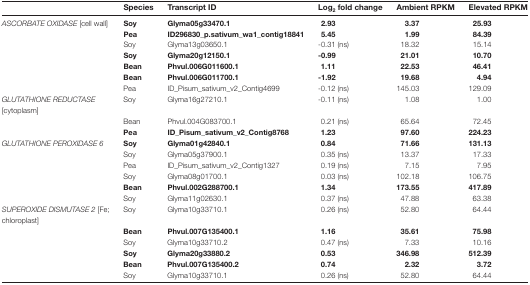
<table><thead><tr><td></td><td><b>Species</b></td><td><b>Transcript ID</b></td><td><b>Log<sub>2</sub> fold change</b></td><td><b>Ambient RPKM</b></td><td><b>Elevated RPKM</b></td></tr></thead><tbody><tr><td><i>ASCORBATE OXIDASE</i> [cell wall]</td><td><b>Soy</b></td><td><b>Glyma05g33470.1</b></td><td><b>2.93</b></td><td><b>3.37</b></td><td><b>25.93</b></td></tr><tr><td></td><td><b>Pea</b></td><td><b>ID296830_p.sativum_wa1_contig18841</b></td><td><b>5.45</b></td><td><b>1.99</b></td><td><b>84.39</b></td></tr><tr><td></td><td>Soy</td><td>Glyma13g03650.1</td><td>-0.31 (ns)</td><td>18.32</td><td>15.14</td></tr><tr><td></td><td><b>Soy</b></td><td><b>Glyma20g12150.1</b></td><td><b>-0.99</b></td><td><b>21.01</b></td><td><b>10.70</b></td></tr><tr><td></td><td><b>Bean</b></td><td><b>Phvul.006G011600.1</b></td><td><b>1.11</b></td><td><b>22.53</b></td><td><b>46.41</b></td></tr><tr><td></td><td><b>Bean</b></td><td><b>Phvul.006G011700.1</b></td><td><b>-1.92</b></td><td><b>19.68</b></td><td><b>4.94</b></td></tr><tr><td></td><td>Pea</td><td>ID_Pisum_sativum_v2_Contig4699</td><td>-0.12 (ns)</td><td>145.03</td><td>129.09</td></tr><tr><td><i>GLUTATHIONE REDUCTASE</i> [cytoplasm]</td><td>Soy</td><td>Glyma16g27210.1</td><td>-0.11 (ns)</td><td>1.08</td><td>1.00</td></tr><tr><td></td><td>Bean</td><td>Phvul.004G083700.1</td><td>0.21 (ns)</td><td>65.64</td><td>72.45</td></tr><tr><td></td><td><b>Pea</b></td><td><b>ID_Pisum_sativum_v2_Contig8768</b></td><td><b>1.23</b></td><td><b>97.60</b></td><td><b>224.23</b></td></tr><tr><td><i>GLUTATHIONE PEROXIDASE 6</i></td><td><b>Soy</b></td><td><b>Glyma01g42840.1</b></td><td><b>0.84</b></td><td><b>71.66</b></td><td><b>131.13</b></td></tr><tr><td></td><td>Soy</td><td>Glyma05g37900.1</td><td>0.35 (ns)</td><td>13.37</td><td>17.33</td></tr><tr><td></td><td>Pea</td><td>ID_Pisum_sativum_v2_Contig1327</td><td>0.19 (ns)</td><td>7.15</td><td>7.95</td></tr><tr><td></td><td>Soy</td><td>Glyma08g01700.1</td><td>0.03 (ns)</td><td>102.18</td><td>106.75</td></tr><tr><td></td><td><b>Bean</b></td><td><b>Phvul.002G288700.1</b></td><td><b>1.34</b></td><td><b>173.55</b></td><td><b>417.89</b></td></tr><tr><td></td><td>Soy</td><td>Glyma11g02630.1</td><td>0.37 (ns)</td><td>47.88</td><td>63.38</td></tr><tr><td><i>SUPEROXIDE DISMUTASE 2</i> [Fe; chloroplast]</td><td>Soy</td><td>Glyma10g33710.1</td><td>0.26 (ns)</td><td>52.80</td><td>64.44</td></tr><tr><td></td><td><b>Bean</b></td><td><b>Phvul.007G135400.1</b></td><td><b>1.16</b></td><td><b>35.61</b></td><td><b>75.98</b></td></tr><tr><td></td><td>Soy</td><td>Glyma10g33710.2</td><td>0.47 (ns)</td><td>7.33</td><td>10.16</td></tr><tr><td></td><td><b>Soy</b></td><td><b>Glyma20g33880.2</b></td><td><b>0.53</b></td><td><b>346.98</b></td><td><b>512.39</b></td></tr><tr><td></td><td><b>Bean</b></td><td><b>Phvul.007G135400.2</b></td><td><b>0.74</b></td><td><b>2.32</b></td><td><b>3.72</b></td></tr><tr><td></td><td>Soy</td><td>Glyma10g33710.1</td><td>0.26 (ns)</td><td>52.80</td><td>64.44</td></tr></tbody></table>